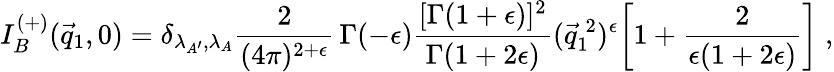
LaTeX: I_{B}^{(+)}(\vec{q}_{1},0)=\delta_{\lambda_{A^{\prime}},\lambda_{A}}\frac{2}{(4\pi)^{2+\epsilon}}\, \Gamma(-\epsilon)\frac{[\Gamma(1+\epsilon)]^{2}}{\Gamma(1+2\epsilon)}(\vec{q}_{1}^{\: 2})^{\epsilon}\biggl[1+\frac{2}{\epsilon(1+2\epsilon)}\biggr]\; ,